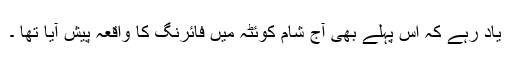
یاد رہے کہ اس پہلے بھی آج شام کوئٹہ میں فائرنگ کا واقعہ پیش آیا تھا ۔